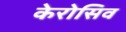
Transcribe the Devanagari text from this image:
केरोसिव